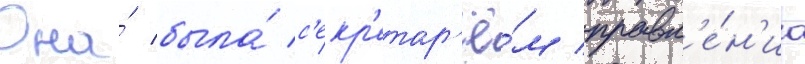
Она́ была́ с'екр'етар'ё́м правл'е́н'иа